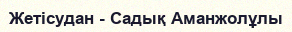
Жетісудан - Садық Аманжолұлы